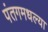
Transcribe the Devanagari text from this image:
पंतगमधल्या